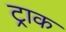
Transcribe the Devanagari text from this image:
ट्राक